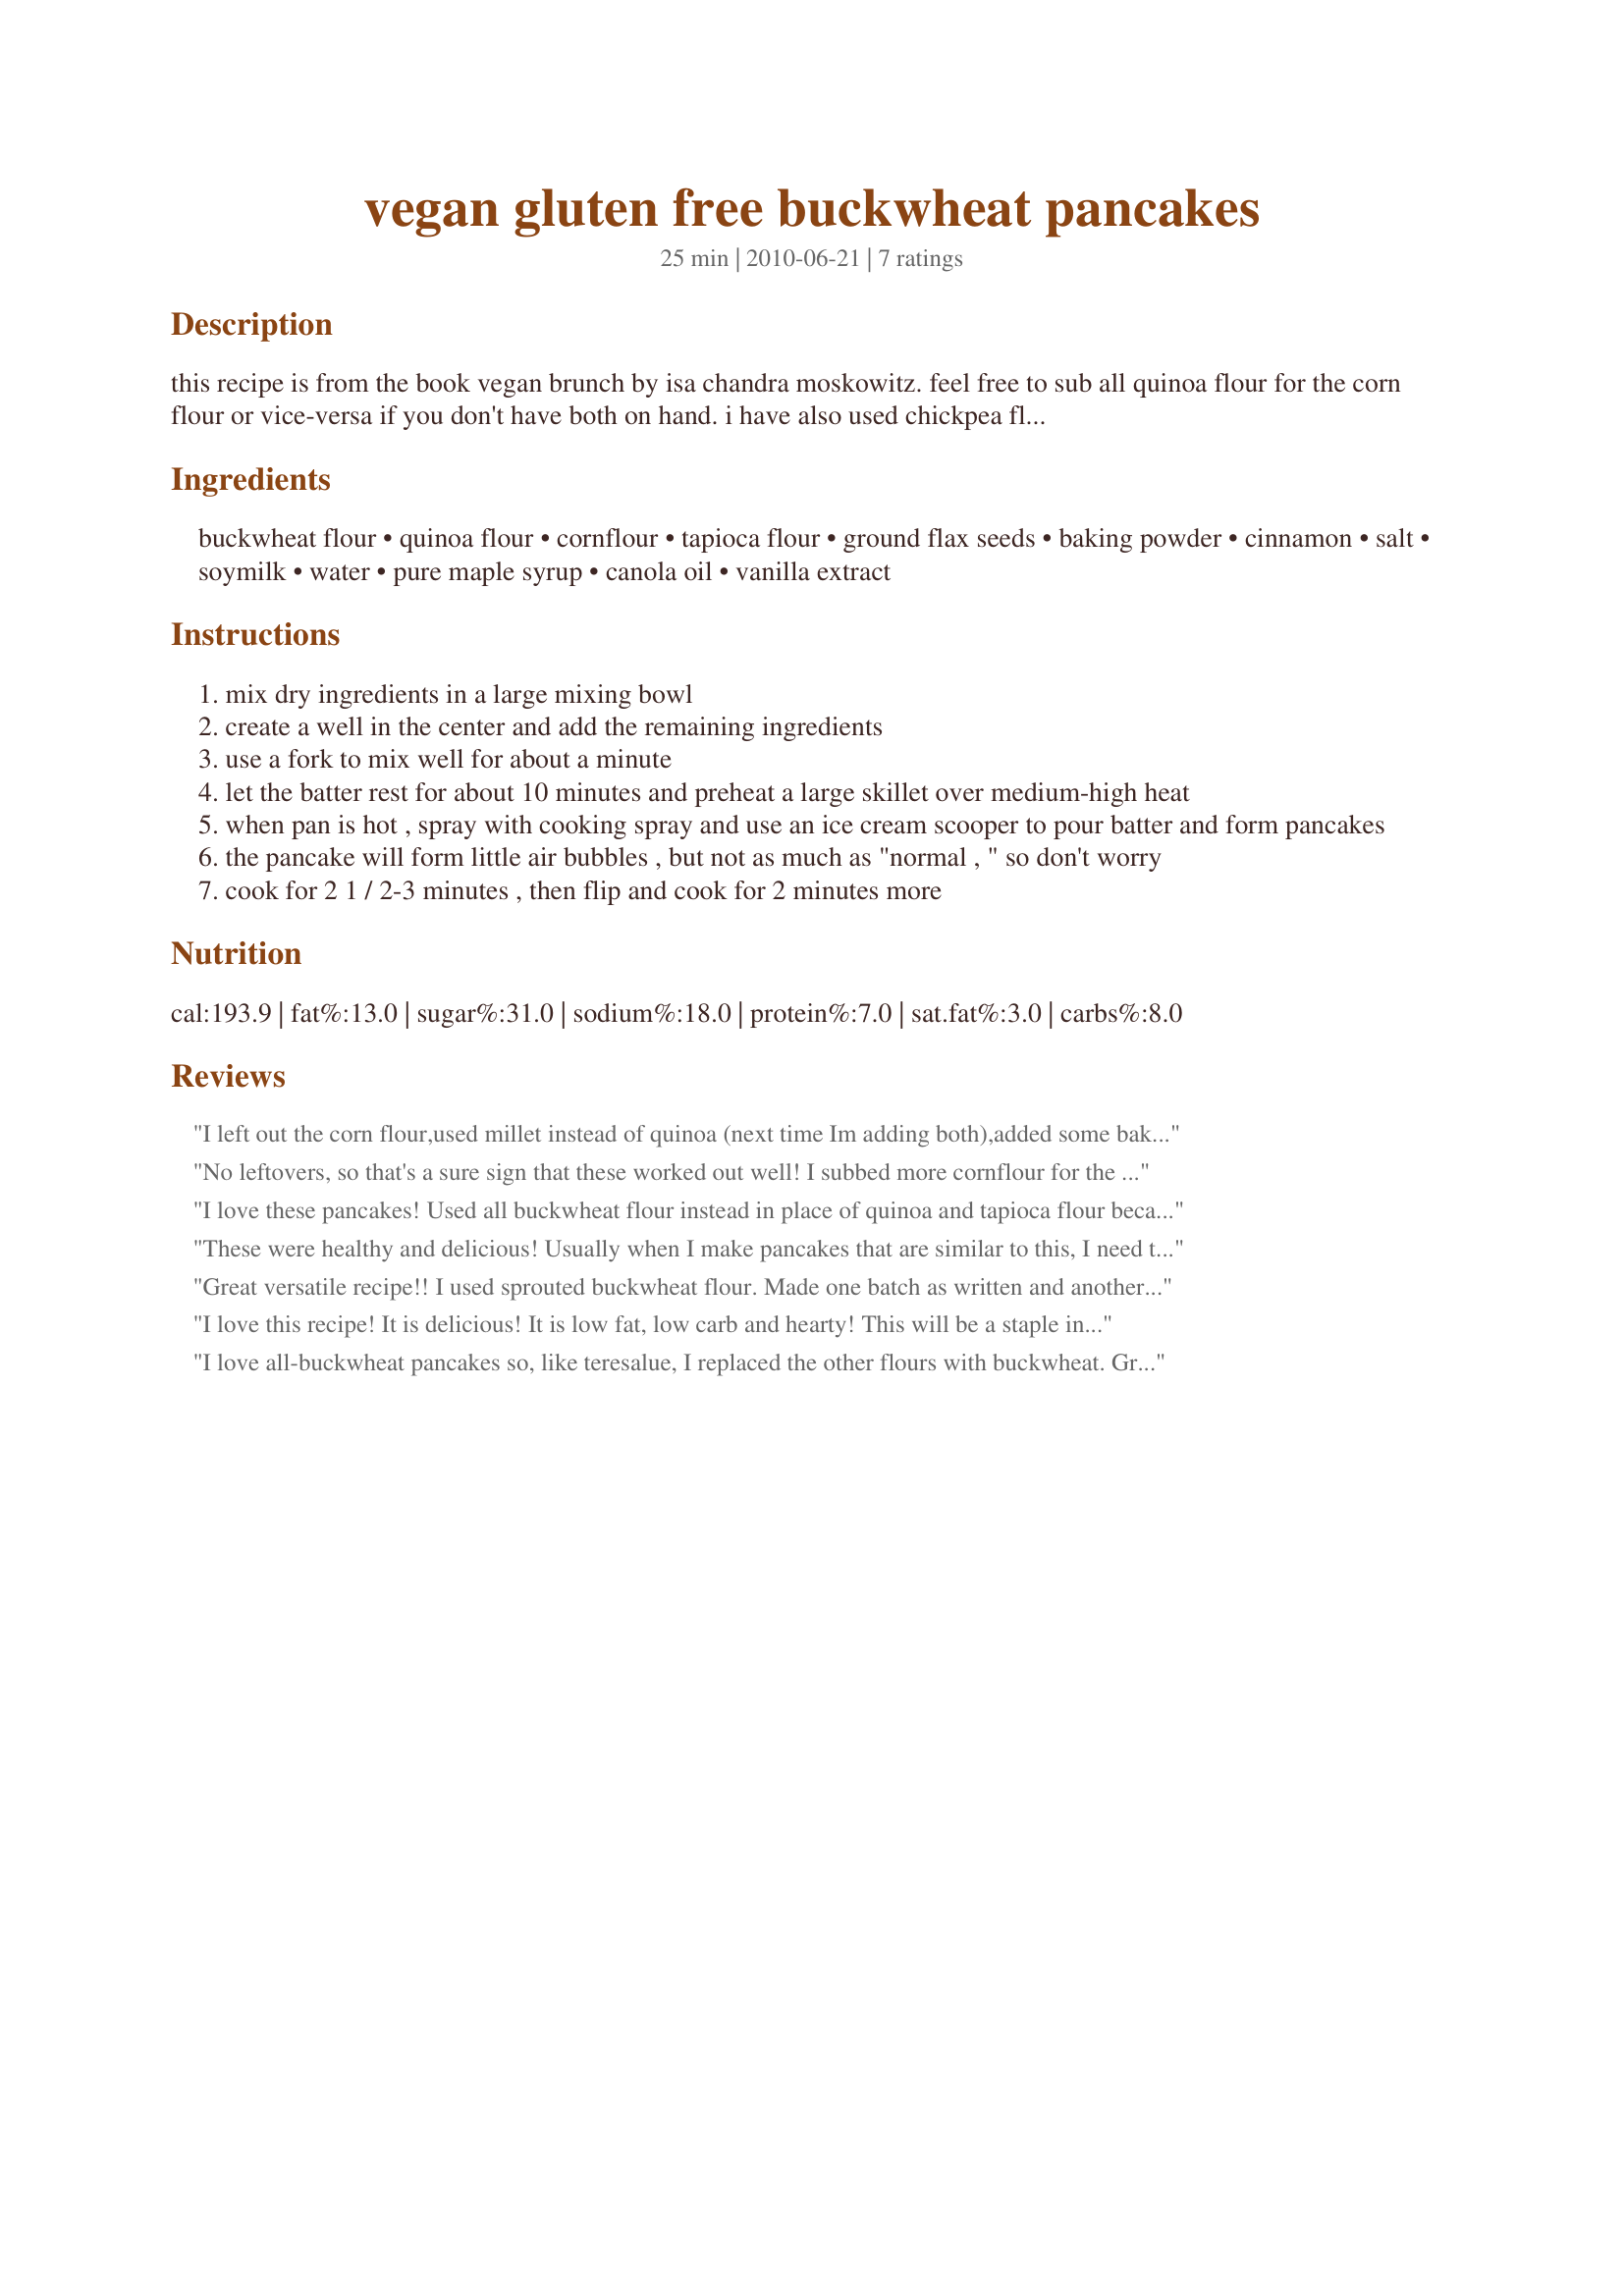
vegan gluten free buckwheat pancakes
Preparation time: 25 minutes

this recipe is from the book vegan brunch by isa chandra moskowitz. feel free to sub all quinoa flour for the corn flour or vice-versa if you don't have both on hand. i have also used chickpea flour. whatever you do, just don't use cornmeal; it's much coarser than corn flour.

Ingredients:
buckwheat flour, quinoa flour, cornflour, tapioca flour, ground flax seeds, baking powder, cinnamon, salt, soymilk, water, pure maple syrup, canola oil, vanilla extract

Steps:
mix dry ingredients in a large mixing bowl
create a well in the center and add the remaining ingredients
use a fork to mix well for about a minute
let the batter rest for about 10 minutes and preheat a large skillet over medium-high heat
when pan is hot , spray with cooking spray and use an ice cream scooper to pour batter and form pancakes
the pancake will form little air bubbles , but not as much as "normal , " so don't worry
cook for 2 1 / 2-3 minutes , then flip and cook for 2 minutes more

Reviews:
I left out the corn flour,used millet instead of quinoa (next time Im adding both),added some baking soda and used vanilla almond milk instead of soy. :) These were awesome!! My 8yr old daughter who is soooooo picky loved them!!! I added in organic frozen wild blueberries and some with banana and oh boy! I couldnt even photograph them for my vegan blog because they were gone!!! Thanks for the recipe :D
No leftovers, so that's a sure sign that these worked out well! I subbed more cornflour for the quinoa flour as I just didn't have any. The wholegrain buckwheat flour made for a very dark and grainy looking pancake, but very healthy and so tasty with the cinnamon. I find vegan pancakes generally don't rise all that much as it is, but to help the process a bit I added about a tsp of vinegar to the soy milk, I think that helped a little. But even though they don't rise a lot, they are not dense or overly chewy. I also made sure to cover the pan with a lid while they were cooking - read somewhere that helps to make them rise. Will be adding this to my favourites file - cheers Prose!
I love these pancakes! Used all buckwheat flour instead in place of quinoa and tapioca flour because I do not have these items. Regardless, they turned out great. This will be a staple for weekend breakfasts at our house. Thank you!
These were healthy and delicious! Usually when I make pancakes that are similar to this, I need to smother them with jelly on top, but the kids loved these as finger foods and didn't ask for the extra toppings! Instead of the cornflour I used millet, and instead of tapioca flour I used cornstarch. I put the quinoa and millet grains in my Vitamix and ground them into flour within seconds. The only other difference is that I doubled the recipe and added more rice milk until it was a more liquid consistency. I highly recommend them!
Great versatile recipe!! I used sprouted buckwheat flour. Made one batch as written and another batch with millet instead of quinoa flour. Both turned out great. These don't get too fluffy probably because they use baking powder...baking soda would make it rise more/faster but I'm not sure how much you would use in place of the baking soda and if it would even work with the other ingredients. We did however use this batter for waffles as well (which normally use baking powder) and they turned out great. The flavor was great! Thanks Prose!! Made for Veg*n Swap 25!!
I love this recipe! It is delicious! It is low fat, low carb and hearty! This will be a staple in my diet! Thank you, thank you, thank you for sharing! mmmmmmmmmmm!! =)
I love all-buckwheat pancakes so, like teresalue, I replaced the other flours with buckwheat. Great recipe, yum.
